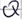
Text: Q